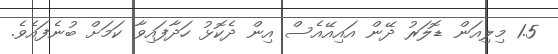
1.5 މިލިއަން ޑޮލަރު ދޭން އައިއޭއެސް އިން ދެކޮޅު ހަދާފައިވާ ކަމަށް ބުނެފައެވެ.